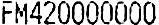
FM420000000